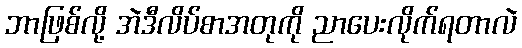
ဘာဖြစ်လို့ အဲဒီလိပ်စာအတုကို ညာပေးလိုက်ရတာလဲ